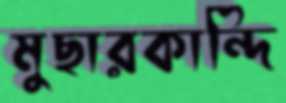
মুছারকান্দি